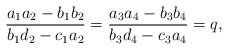
\begin{align*}\frac{a_{1}a_{2}-b_{1}b_{2}}{b_{1}d_{2}-c_{1}a_{2}} =\frac{a_{3}a_{4}-b_{3}b_{4}}{b_{3}d_{4}-c_{3}a_{4}} = q,\end{align*}